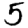
Digit: 5